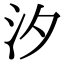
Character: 汐